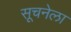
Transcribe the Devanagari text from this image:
सूचनेला